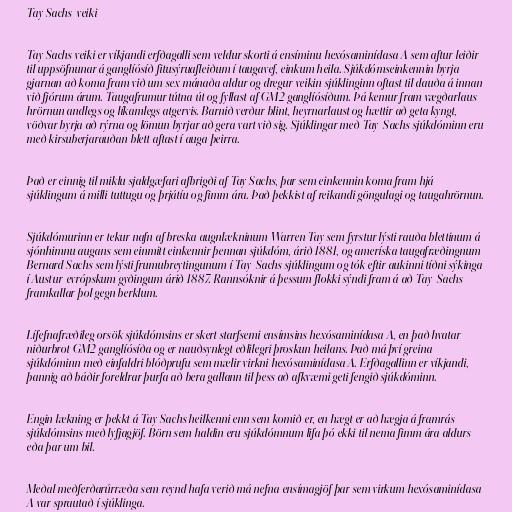
Tay Sachs-veiki

Tay Sachs veiki er víkjandi erfðagalli sem veldur skorti á ensíminu hexósaminídasa A sem aftur leiðir
til uppsöfnunar á ganglíósíð fitusýruafleiðum í taugavef, einkum heila. Sjúkdómseinkennin byrja
gjarnan að koma fram við um sex mánaða aldur og dregur veikin sjúklinginn oftast til dauða á innan
við fjórum árum. Taugafrumur tútna út og fyllast af GM2 ganglíósíðum. Þá kemur fram vægðarlaus
hrörnun andlegs og líkamlegs atgervis. Barnið verður blint, heyrnarlaust og hættir að geta kyngt,
vöðvar byrja að rýrna og lömun byrjar að gera vart við sig. Sjúklingar með Tay-Sachs sjúkdóminn eru
með kirsuberjarauðan blett aftast í auga þeirra.

Það er einnig til miklu sjaldgæfari afbrigði af Tay Sachs, þar sem einkennin koma fram hjá
sjúklingum á milli tuttugu og þrjátíu og fimm ára. Það þekkist af reikandi göngulagi og taugahrörnun.

Sjúkdómurinn er tekur nafn af breska augnlækninum Warren Tay sem fyrstur lýsti rauða blettinum á
sjónhimnu augans sem einmitt einkennir þennan sjúkdóm, árið 1881, og ameríska taugafræðingnum
Bernard Sachs sem lýsti frumubreytingunum í Tay-Sachs sjúklingum og tók eftir aukinni tíðni sýkinga
í Austur-evrópskum gyðingum árið 1887. Rannsóknir á þessum flokki sýndi fram á að Tay-Sachs
framkallar þol gegn berklum.

Lífefnafræðileg orsök sjúkdómsins er skert starfsemi ensímsins hexósaminídasa A, en það hvatar
niðurbrot GM2 ganglíósíða og er nauðsynlegt eðlilegri þroskun heilans. Það má því greina
sjúkdóminn með einfaldri blóðprufu sem mælir virkni hexósaminídasa A. Erfðagallinn er víkjandi,
þannig að báðir foreldrar þurfa að bera gallann til þess að afkvæmi geti fengið sjúkdóminn.

Engin lækning er þekkt á Tay Sachs heilkenni enn sem komið er, en hægt er að hægja á framrás
sjúkdómsins með lyfjagjöf. Börn sem haldin eru sjúkdómnum lifa þó ekki til nema fimm ára aldurs
eða þar um bil.

Meðal meðferðarúrræða sem reynd hafa verið má nefna ensímagjöf þar sem virkum hexósaminídasa
A var sprautað í sjúklinga.